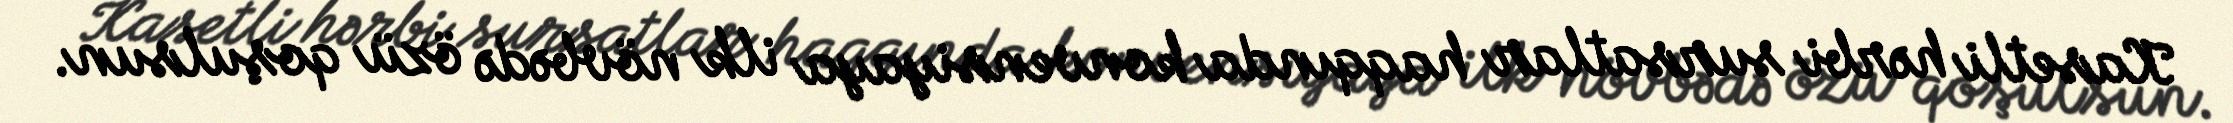
Kasetli hərbi sursatlar haqqında konvensiyaya ilk növbədə özü qoşulsun.